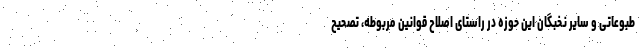
طبوعاتی و سایر نخبگان این حوزه در راستای اصلاح قوانین مربوطه، تصحیح